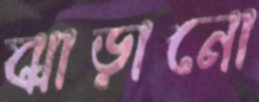
ঝাড়ানো